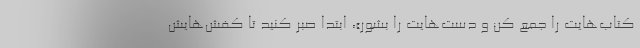
کتاب‌هایت را جمع کن و دست‌هایت را بشور»، ابتدا صبر کنید تا کفش‌هایش